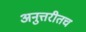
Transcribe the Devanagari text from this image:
अनुत्तरीतच